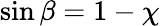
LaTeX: \sin\beta=1-\chi